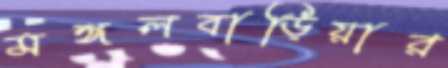
মঙ্গলবাড়িয়ার